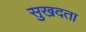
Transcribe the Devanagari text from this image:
सुखदता